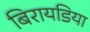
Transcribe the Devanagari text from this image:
बिरायडिया